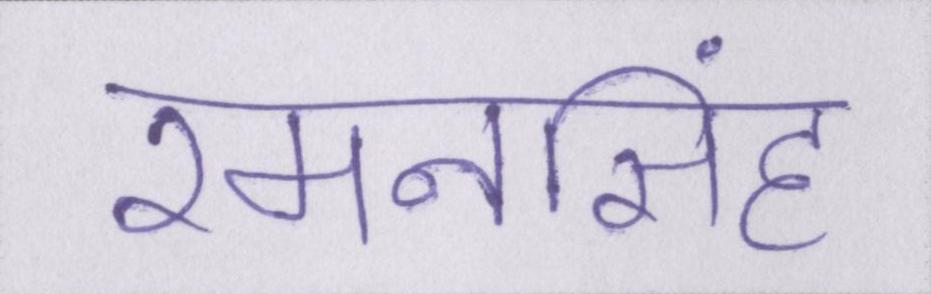
रमनसिंह